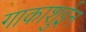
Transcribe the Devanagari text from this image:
गाकाशुईन